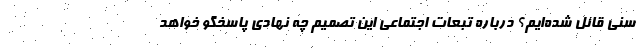
سنی قائل شده‌ایم؟ درباره تبعات اجتماعی این تصمیم چه نهادی پاسخگو خواهد